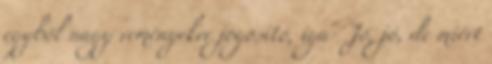
egyből nagy reményekre jogosító, iga- Jó, jó, de miért